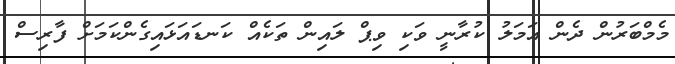
މެމްބަރުން ދެން އަމަލު ކުރާނީ ވަކި ވިޕް ލައިން ތަކެއް ކަނޑައަޅައިގެންކަމަށް ފާރިސް